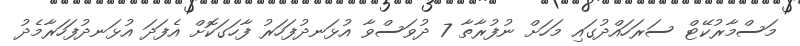
މަސްމާރުކޭޓް ސަރަހައްދުގައި މަހަށް ނުފުރާތާ 7 ދުވަސްވާ އުޅަނދުފަހަރު ފާހަގަކޮށް އެފަދަ އުޅަނދުފަހަރާމެދު